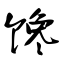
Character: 馋